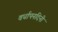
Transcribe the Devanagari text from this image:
वर्धापनदिनी